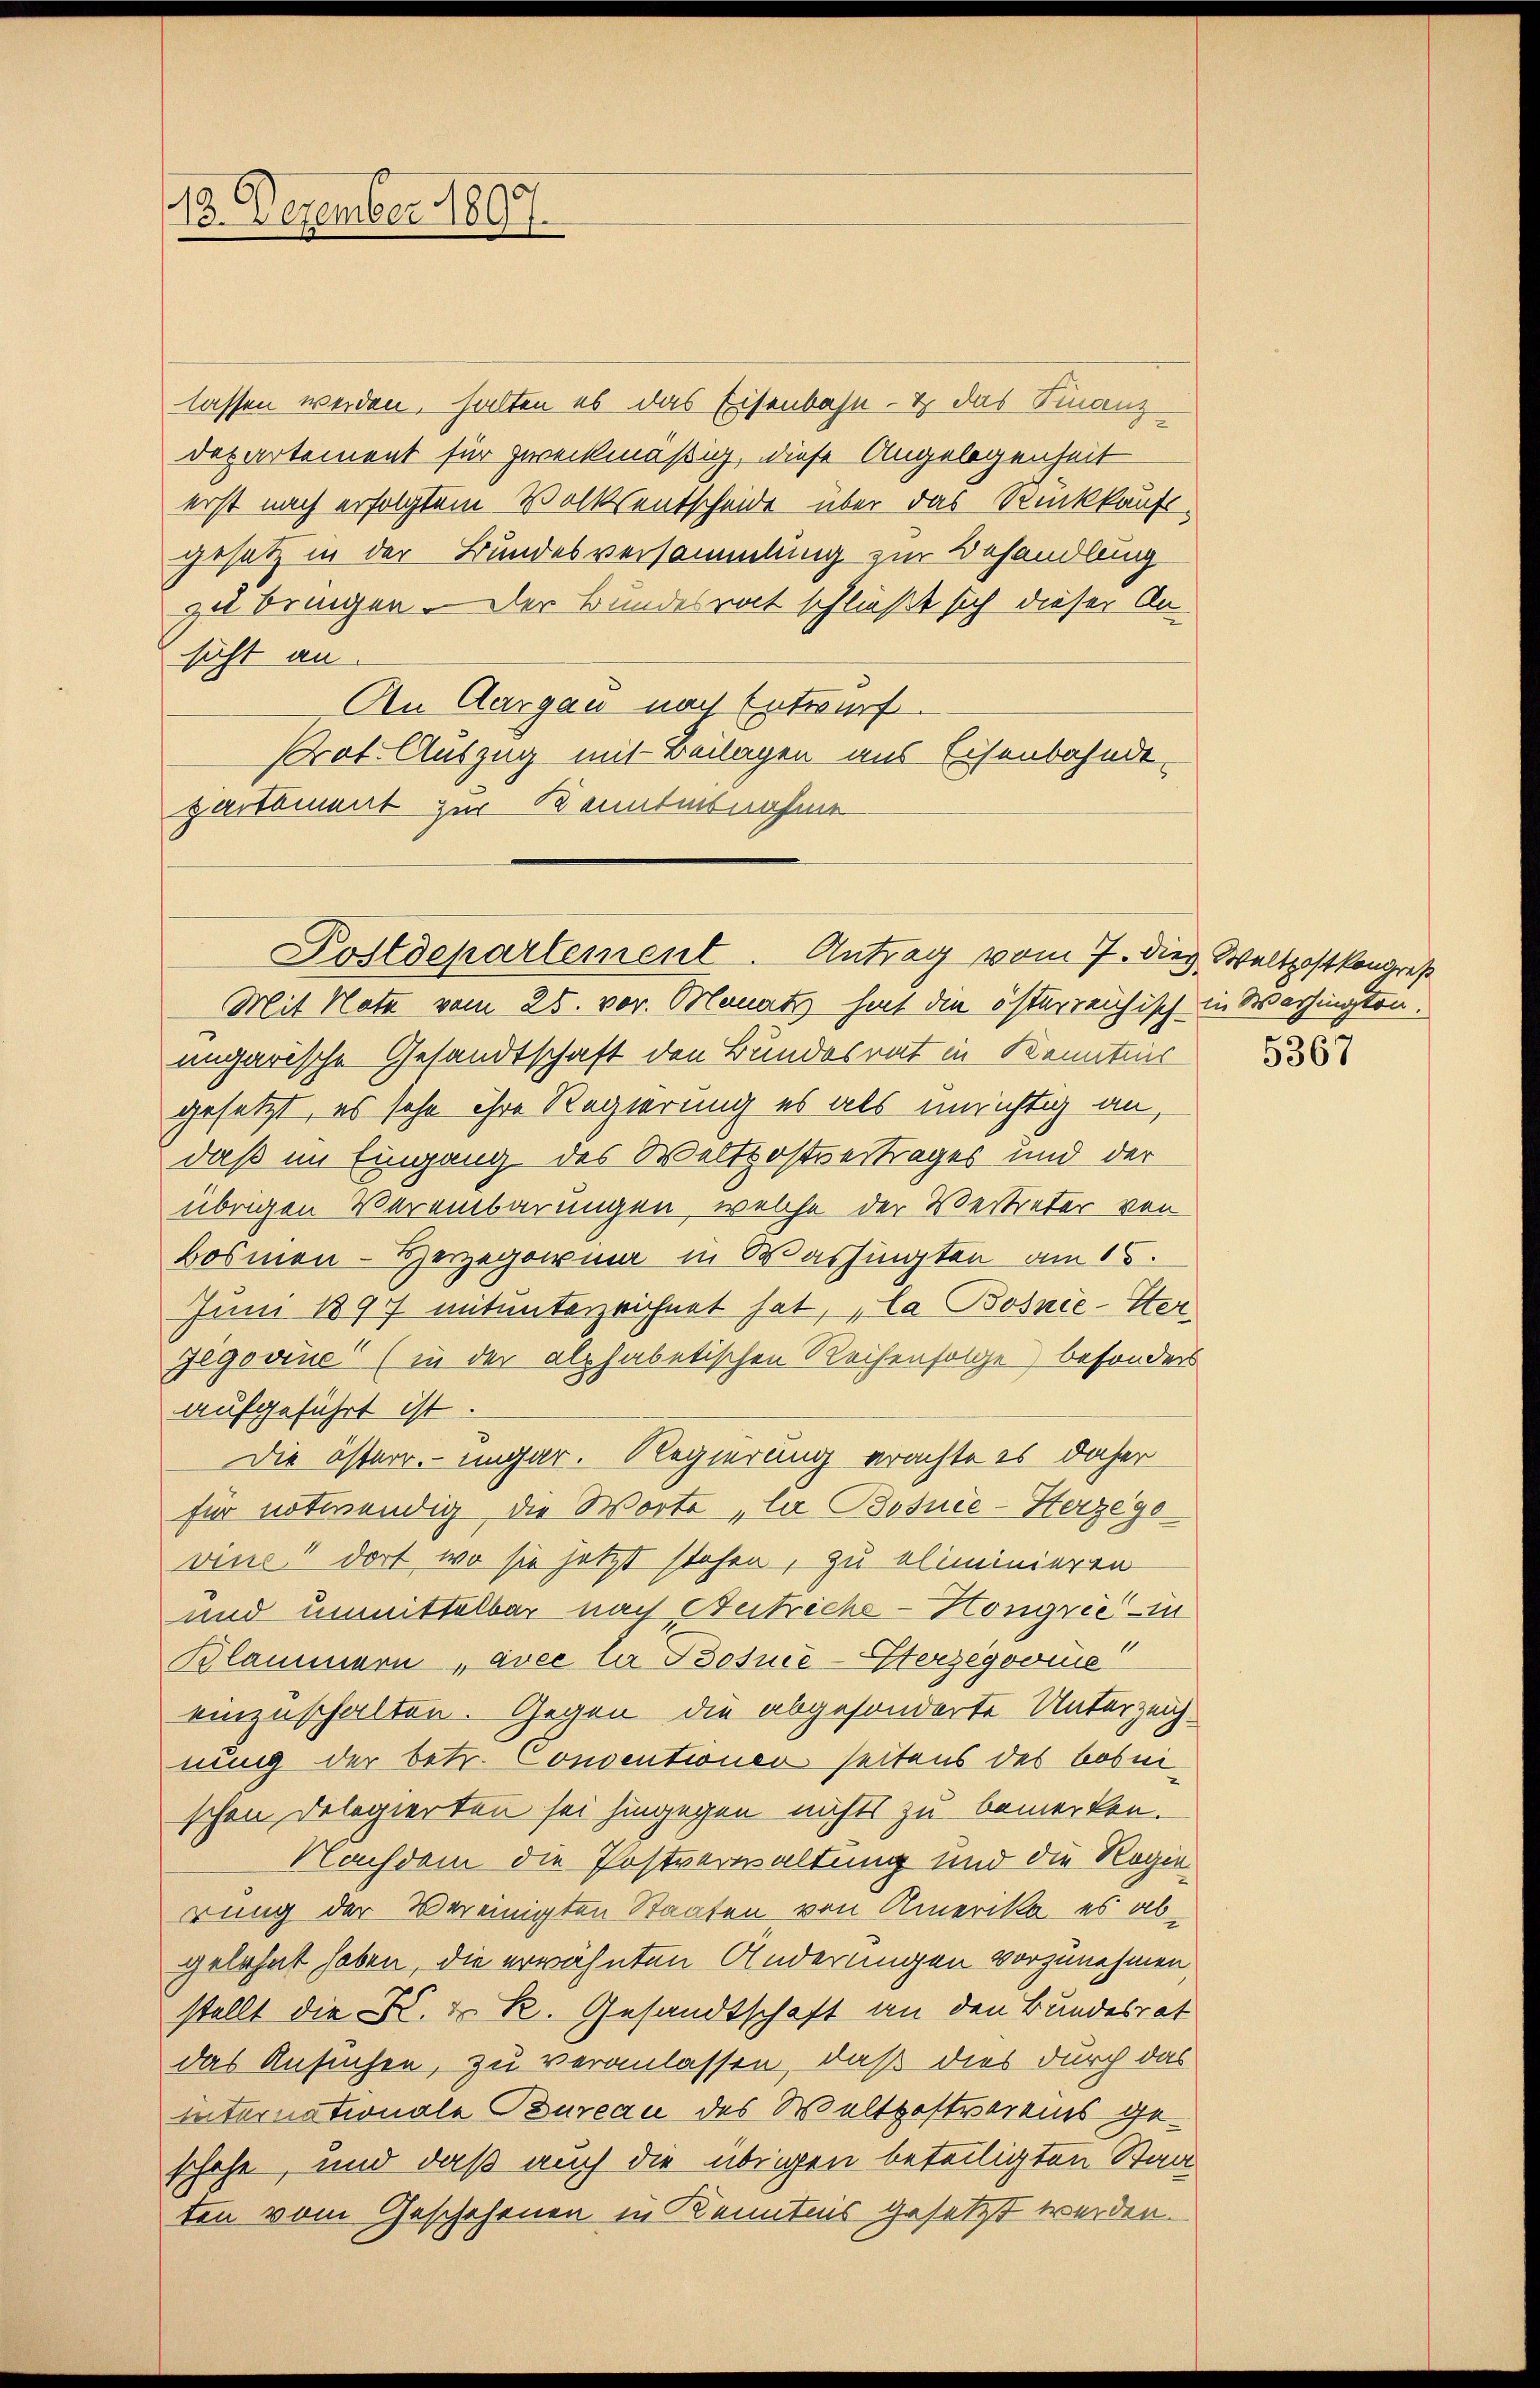
13. Dezember 1807.

lassen werden, halten es das Eisenbahn- & das Finanz¬
Departement für zweckmäßig, diese Angelegenheit
erst nach erfolgtem Volksentscheide über das Rückkaufsgesetz in der Bundesversammlung zur Behandlung
zu bringen. Der Bundesrat schließt sich dieser An-
sicht an.
An Aargau nach Entwurf.
Prat. Auszug mit Beilagen aus Eisenbahnde
partement zur Kenntnisnahme

Postdepartement. Antrag vom 7. dies. Waltpostkongreß

Mit Note vom 25. vor. Manatz hat die österreichisch in Washingtonungarische Gesandtschaft den Bundesrat in Kenntnis
gesetzt, es sehe ihre Regierung es als unrichtig an,
daß im Eingang des Weltpostvertrages und der
übrigen Vereinbarungen, welche der Vertreter von
Bosmen - Herzegowina in Washingten am 15.
Juni 1897 mitunterzeichnet hat, la Bosnie-Ster
jegovine“ (in der alphabetischen Reihenfolge) besonders
aufgeführt ist.
Die österr. ungar. Regierung erachte es daher
für notwendig, die Worte „la Bosnie-Herzege
vins! Dort wo sie jetzt stehen, zu eliminieren
und unmittelbar nach Beitriche-Kongrić - in
Blammern „avec lir Bosnie-Sterzegoonie"
einzuschalten. Gegen die abgesonderte Unterzeichnung der betr. Conventionen seitens des bosni
schen Delegierten sei hingegen nichts zu bemerken.
Nachdem die Postverwaltung und die Regierung der Vereinigten Staaten von Amerika, es abgelehnt haben, die erwähnten Änderungen vorzunehmen
stellt die K. K. R. Gesandtschaft an den Bundesrat
das Ansuchen, zu veranlassen, daß dies durch das
Internationale Bureau des Weltgestrarens geschehe, und daß auch die übrigen beteiligten Staa
ten vom Geschehenen in Kenntnis gesetzt werden.

5367